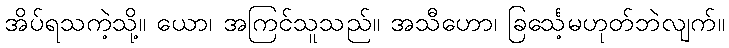
အိပ်ရသကဲ့သို့။ ယော၊ အကြင်သူသည်။ အသီဟော၊ ခြင်္သေ့မဟုတ်ဘဲလျက်။